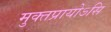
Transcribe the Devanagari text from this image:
मुक्तप्रायोऽसि